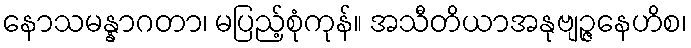
နောသမန္နာဂတာ၊ မပြည့်စုံကုန်။ အသီတိယာအနုဗျဉ္ဇနေဟိစ၊